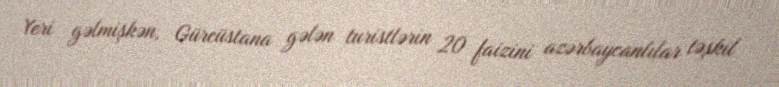
Yeri gəlmişkən, Gürcüstana gələn turistlərin 20 faizini azərbaycanlılar təşkil